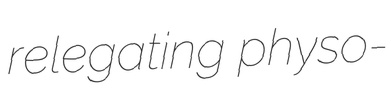
relegating physo-